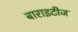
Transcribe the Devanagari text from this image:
बाराइटीज